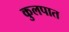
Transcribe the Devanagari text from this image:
कुलपात